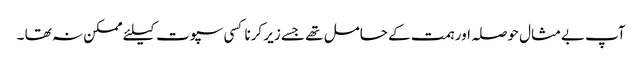
آپ بےمثال حوصلہ اور ہمت کے حامل تھے جسے زیر کرنا کسی سپوت کیلئے ممکن نہ تھا ۔